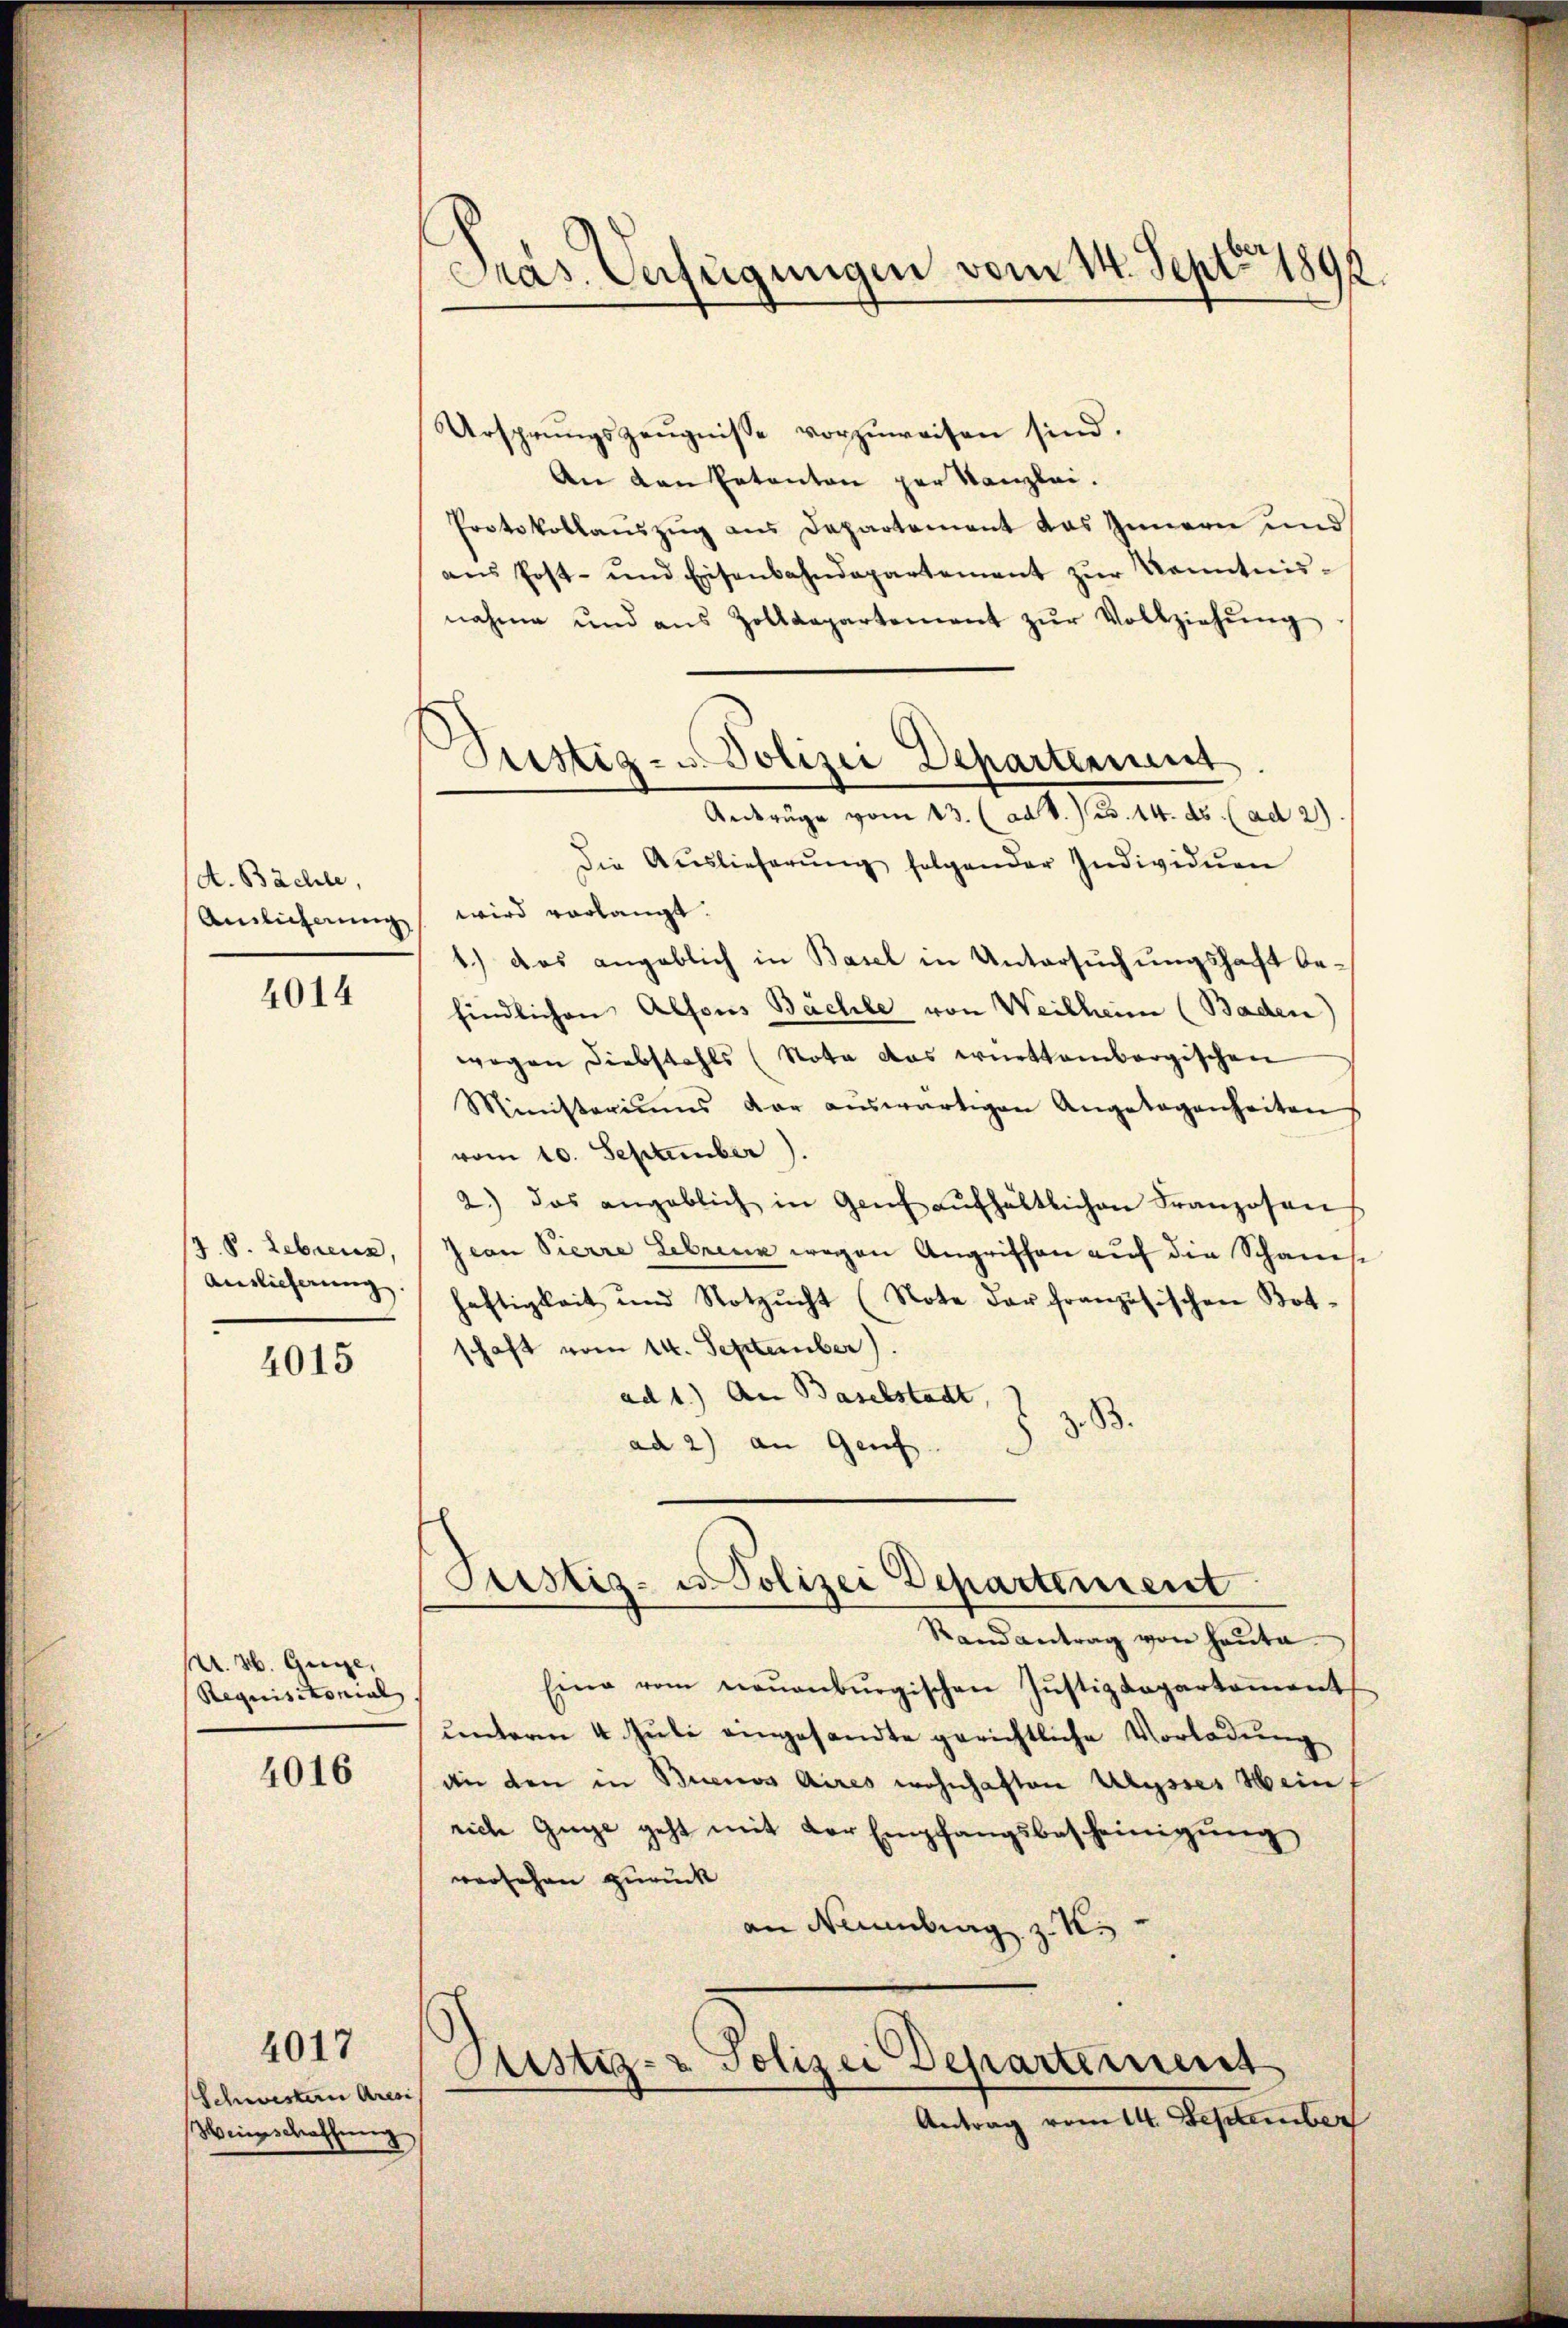
A. 83 Schle,
Ainlicherung

4014

J. P. Lebenen,
Auslieferung.

4015

U. H. Guge,
Requisitonial

4016

4017

Schwesterii Aresi
Wieswachung

Präs. Verfügungen vom 14. Sept. 1892.

Justiz- u. Polizei Departeie

Ursprungszeŭgnisse vorzuweisen sind.
An den Patenten per Kanzlei.
Protokollauszug aus Departement das Innern und
ans Post- und Eisenbahndepartement zŭr Kenntnis-
nahme und aus Zolldepartement zŭr Vollziehŭng
Auszüge vom 13. (ad V. B. 14. ds. (ad 2)
die Auslieferŭng folgender Individuen
wird vorlangt.
1.) Das angeblich in Basel in Untersuchungshaft befindlichen Alfons Bächle von Weilheim (Baden)
wegen Diebstahls (Nota das württembergischen
Ministeriums der aŭswärtigen Angelegenheiten
vom 10. September).
2.) das angeblich in Genf aŭfhältlichen Franzosen
Jean Pierre Lebrenz wegen Angriffen auf die Schanis
heftigkeit und Notzŭcht (Note der französischen Bot-
schaft vom 14. September).
ad 1.) An Baselstadt,
z. B.
ad 2) an Genf
Justiz- u. Polizei Departement

Randantrag von Haŭta.
Eine vom neŭenbŭrgischen Justizdepartement
unterm 4. Juli eingesandte gerichtliche Vorladung
an den in Buenos Aires wohnhaften Ulysses Mein
rich Guge geht mit der Empfangsbescheinigung
versehen zurück
an Neuenburg z. K.
Justiz- & Polizei Departement
Antrag vom 14. September